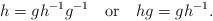
LaTeX: \begin{align*} h=gh^{-1}g^{-1}\quad\mbox{or}\quad hg=gh^{-1}.\end{align*}